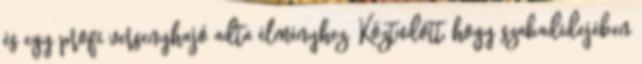
és egy profi versenyhajó adta élményhez. Köztudott, hogy szabadidejében